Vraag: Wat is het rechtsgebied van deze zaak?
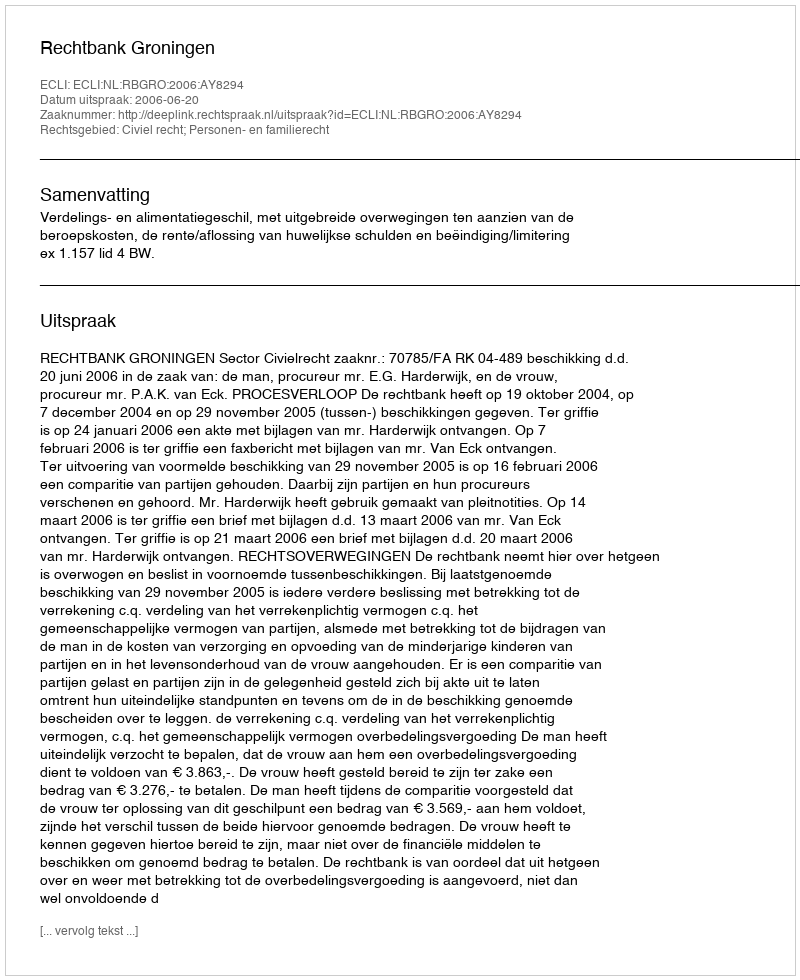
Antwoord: Civiel recht; Personen- en familierecht